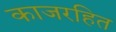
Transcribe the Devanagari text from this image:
काजरहित